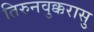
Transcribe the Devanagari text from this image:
तिरुनवुक्करासु